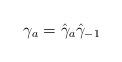
LaTeX: \begin{align*} \gamma_a = \hat\gamma_a \hat\gamma_{-1}\end{align*}